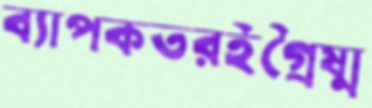
ব্যাপকতরইগ্রৈষ্ম